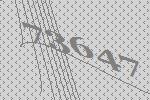
73647